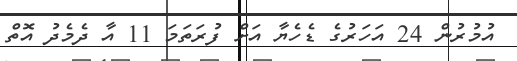
އުމުރުން 24 އަހަރުގެ ޑެހެޔާ އަށް ފުރަތަމަ 11 އާ ދެމެދު އޮތް